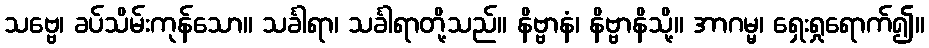
သဗ္ဗေ၊ ခပ်သိမ်းကုန်သော။ သင်္ခါရာ၊ သင်္ခါရာတို့သည်။ နိဗ္ဗာနံ၊ နိဗ္ဗာနိသို့။ အာဂမ္မ၊ ရှေးရှုရောက်၍။